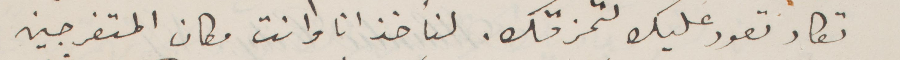
تكاد تعود عليك لتمزقك. لناخذ انا وانت مكان المتفرجين